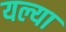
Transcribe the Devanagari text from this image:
यल्या